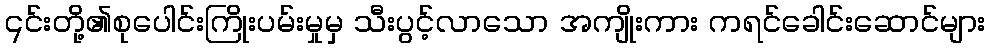
၎င်းတို့၏စုပေါင်းကြိုးပမ်းမှုမှ သီးပွင့်လာသော အကျိုးကား ကရင်ခေါင်းဆောင်များ